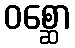
ဝစ္ဆော